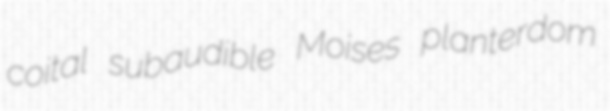
coital subaudible Moises planterdom